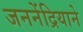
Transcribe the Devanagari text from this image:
जननेंद्रियाने